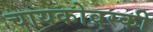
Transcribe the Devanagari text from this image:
चायकोवस्की